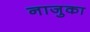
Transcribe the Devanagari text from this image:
नाजुका